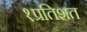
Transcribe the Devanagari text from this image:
१प्रतिशत